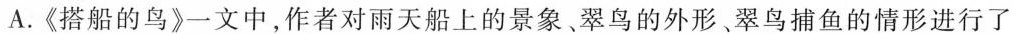
A.《搭船的鸟》一文中，作者对雨天船上的景象、翠鸟的外形。翠鸟捕鱼的情形进行了